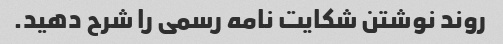
روند نوشتن شکایت نامه رسمی را شرح دهید.